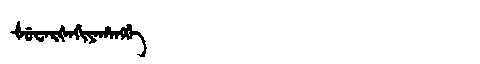
Manchu: ᡧᡠᠸᠠᡵᡧᠠᡤᡳᠶᠠᡥᠠᠩᡤᡝ
Romanization: ŠUWARŠAGIYAHANGGE